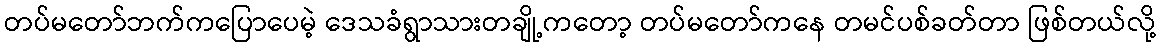
တပ်မတော်ဘက်ကပြောပေမဲ့ ဒေသခံရွာသားတချို့ကတော့ တပ်မတော်ကနေ တမင်ပစ်ခတ်တာ ဖြစ်တယ်လို့